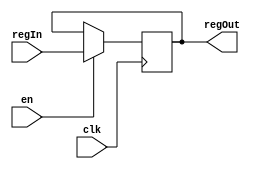
module register (clk, regIn, regOut , en);
  input clk, en;
  input [31:0] regIn;
  output reg [31:0] regOut;
  always @ (posedge clk)  begin
  if(en)
    begin
    regOut <= regIn;
    end
  end
endmodule // register